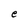
Character: e